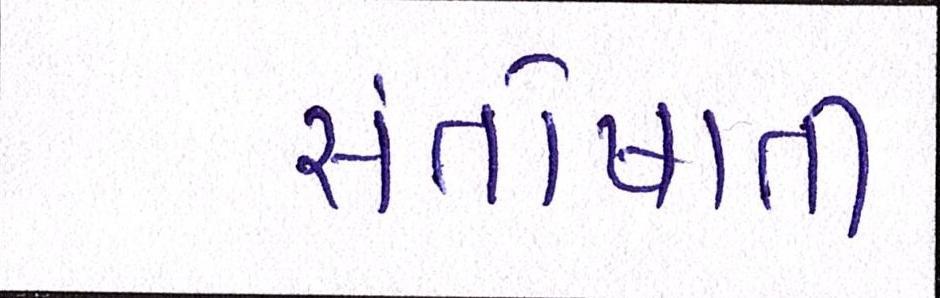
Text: સંતોષાતી